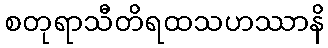
စတုရာသီတိရထသဟဿာနိ